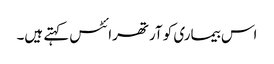
اس بیماری کو آرتھرائٹس کہتے ہیں۔